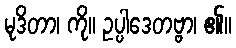
မုဒိတာ၊ ကို။ ဥပ္ပါဒေတဗ္ဗာ၊ ၏။